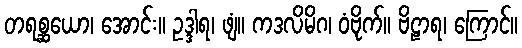
တရစ္ဆယော၊ အောင်း။ ဥဒ္ဒါရ၊ ဖျံ။ ကဒလိမိဂ၊ ဝံဗိုက်။ ဗိဠာရ၊ ကြောင်။